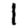
Digit: 1